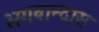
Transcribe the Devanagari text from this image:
भगवान्दास